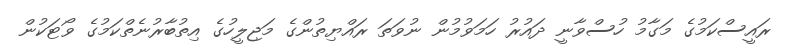
ރައީސްކަމުގެ މަގާމު ހުސްވާނީ ދައުރު ހަމަވުމުން ނުވަތަ ރައްޔިތުންގެ މަޖިލީހުގެ އިތުބާރުނެތްކަމުގެ ވޯޓަކުން